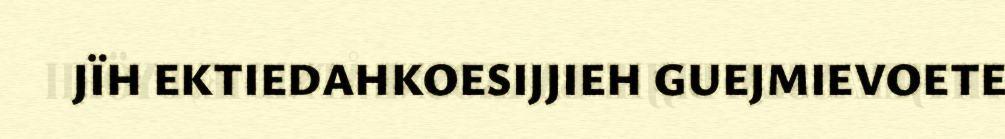
JÏH EKTIEDAHKOESIJJIEH GUEJMIEVOETE